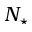
N _ { \star }